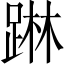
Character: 𨂕